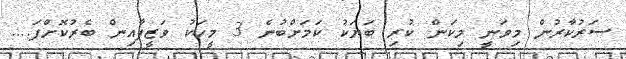
ސަރުކާރުން މިވަނީ މިކަން ކުރި ބަޔަކު ކަމަށްބުނެ 3 މީހަކު ވަޒީފާއިން ބެރުކޮށްފަ....